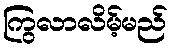
ကြွလာလိမ့်မည်